Source: Handwritten
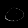
Digit: ၀ (0)